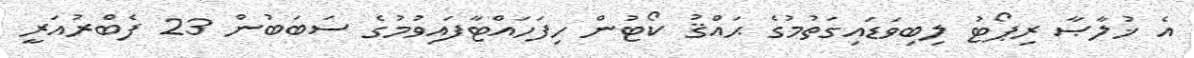
އެ ޚުލާޞާ ރިޕޯޓު ލިބިވަޑައިގަތުމުގެ ޙައްޤު ކޯޓުން ހިފަހައްޓާފައިވުމުގެ ސަބަބުން 23 ފެބްރުއަރީ